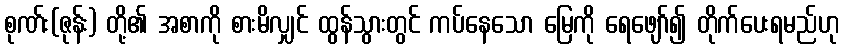
စုဏ်း(ဇုန်း) တို့၏ အစာကို စားမိလျှင် ထွန်သွားတွင် ကပ်နေသော မြေကို ရေဖျော်၍ တိုက်ပေးရမည်ဟု